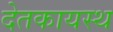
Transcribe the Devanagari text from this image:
देतकायस्थ